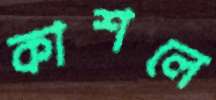
কাশলে